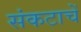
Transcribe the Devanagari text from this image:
संकटाचें